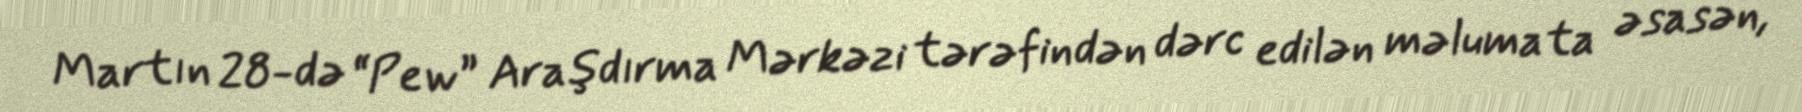
Martın 28-də “Pew” Araşdırma Mərkəzi tərəfindən dərc edilən məlumata əsasən,